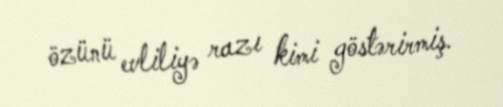
özünü evliliyə razı kimi göstərirmiş.